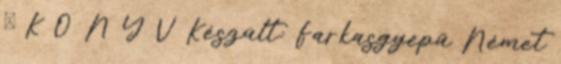
Ő K Ö N Y V Készült: Farkasgyepű Német